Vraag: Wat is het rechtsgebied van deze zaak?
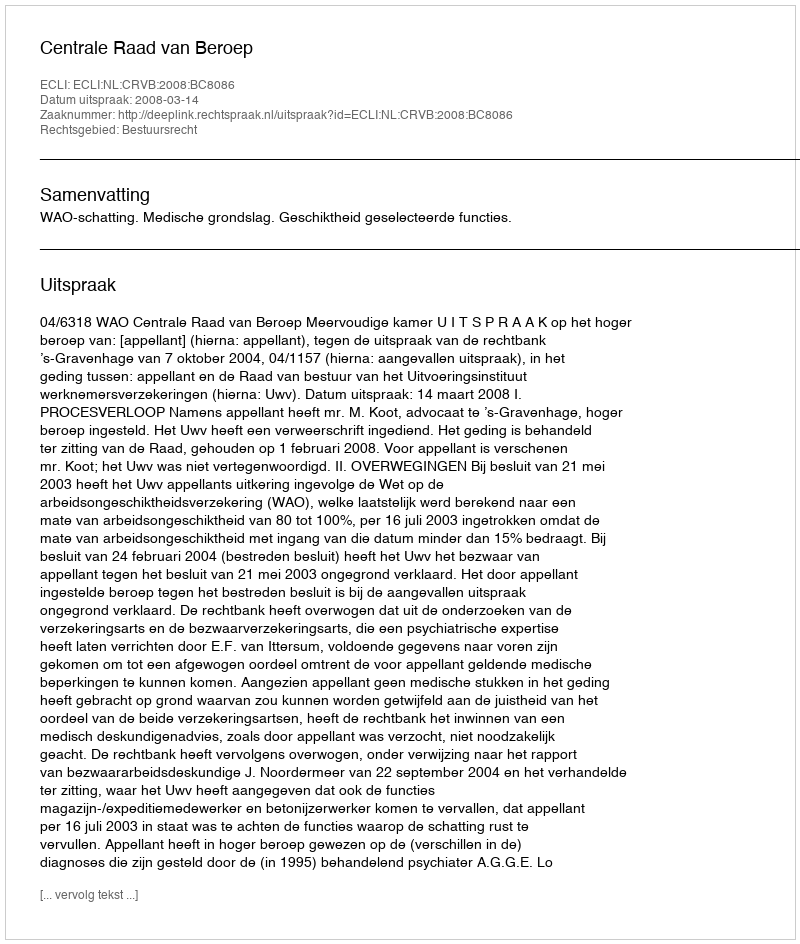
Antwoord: Bestuursrecht